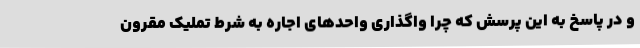
و در پاسخ به این پرسش که چرا واگذاری واحدهای اجاره به شرط تملیک مقرون